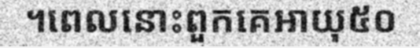
។ពេលនោះពួកគេអាយុ៥០